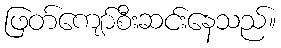
ဖြတ်ကျော်စီးဆင်းနေသည်။